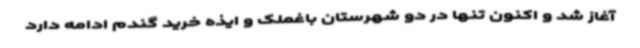
آغاز شد و اکنون تنها در دو شهرستان باغملک و ایذه خرید گندم ادامه دارد